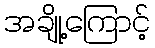
အချို့ကြောင့်